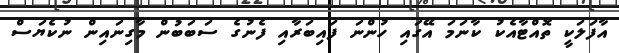
އާފަލަކީ ތޮއްޓާއެކު ކާނަމަ އޭގައި ހުންނަ ފައިބަރާއި ފެނުގެ ސަބަބުން މާގިނައިން ނުކެޔަސް